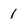
Character: 1